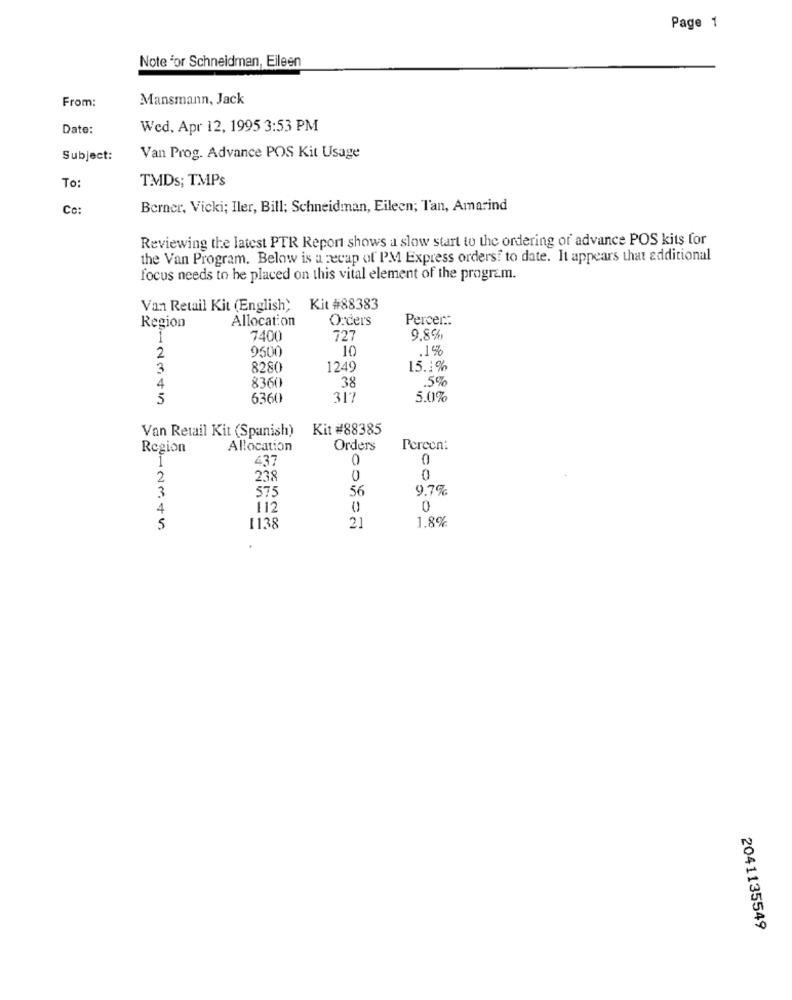
Page 1
Note For Schneidman, Eileen
From:
Mansmann, Jack
Date:
Wed. Apr 12, 1995 3:53 PM
Subject:
Van Prog. Advance POS Kit Usage
TMDs; TMPs
To:
Co:
Berner, Vicki; Iler, Bill; Schneidman, Eileen; Tan, Amarind
Reviewing the latest PTR Report shows a slow start to the ordering of advance POS kits for
the Van Program. Below is a recap of PM Express orders? to date. It appears that additional
focus needs to be placed on this vital element of the program.
Van Retail Kit (English)
Kit #88383
Region
Allocation
Orders
Percer .:
1
7400
727
9.8%
9500
10
.1%
2
3
8280
1249
15.1%
38
.5%
4
8360
5
6360
317
5.0%
Van Retail Kit (Spanish)
Kit #88385
Region
Allocation
Orders
Percent
1
437
0
0
2
238
0
0
3
575
56
9.7%
4
112
0
21
1.8%
5
1138
2041135549